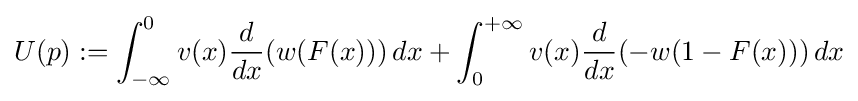
U(p):=\int _{-\infty }^{0}v(x){\frac {d}{dx}}(w(F(x)))\,dx+\int _{0}^{+\infty }v(x){\frac {d}{dx}}(-w(1-F(x)))\,dx